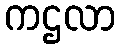
ကဌလာ